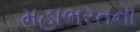
મહાભરતના